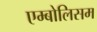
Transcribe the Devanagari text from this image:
एम्बोलिसम